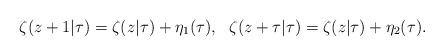
LaTeX: \begin{align*}\zeta(z+1|\tau)=\zeta(z|\tau)+\eta_{1}(\tau),\ \ \zeta(z+\tau|\tau)=\zeta(z|\tau)+\eta_{2}(\tau). \end{align*}